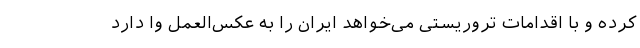
کرده و با اقدامات تروریستی می‌خواهد ایران را به عکس‌العمل وا دارد